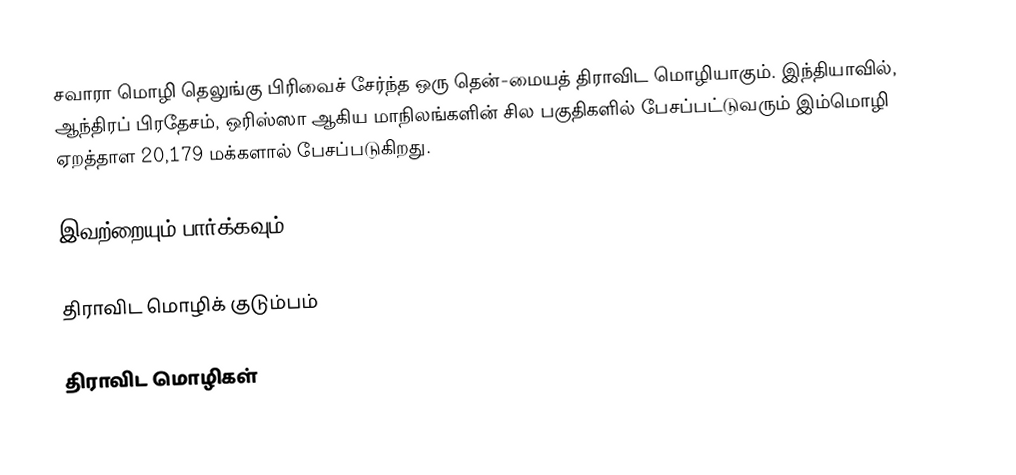
சவாரா மொழி தெலுங்கு பிரிவைச் சேர்ந்த ஒரு தென்-மையத் திராவிட மொழியாகும். இந்தியாவில், ஆந்திரப் பிரதேசம், ஒரிஸ்ஸா ஆகிய மாநிலங்களின் சில பகுதிகளில் பேசப்பட்டுவரும் இம்மொழி ஏறத்தாள 20,179 மக்களால் பேசப்படுகிறது.

இவற்றையும் பார்க்கவும்

 திராவிட மொழிக் குடும்பம்

திராவிட மொழிகள்